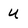
Character: u